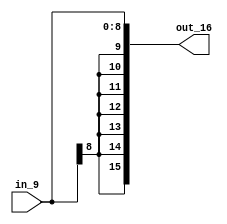
module Sign_Extenter_9bit(out_16, in_9);

output [15:0] out_16;
input [8:0] in_9;

assign out_16 = {{7{in_9[8]}},in_9[8:0]};

endmodule